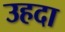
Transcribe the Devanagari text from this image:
उहदा